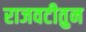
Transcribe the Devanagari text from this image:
राजवटीतुन